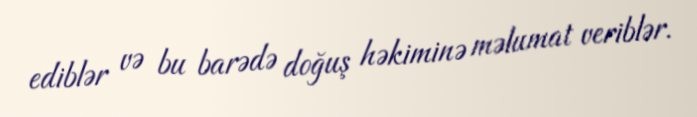
ediblər və bu barədə doğuş həkiminə məlumat veriblər.